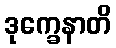
ဒုက္ခေနာတိ